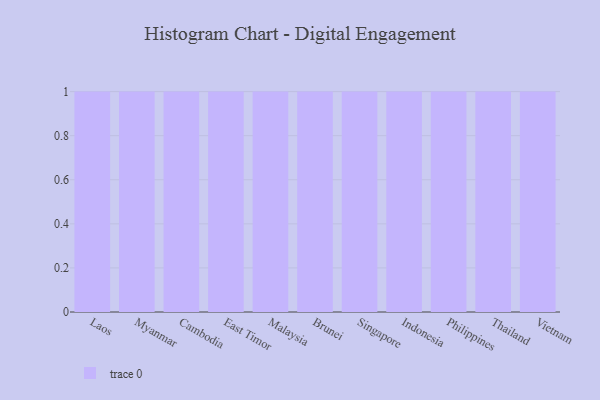
{"axis": {"x": "Country", "y": "Energy Usage (MWh)"}, "legend": [""], "data": [{"x": "Laos", "y": 34, "type": ""}, {"x": "Myanmar", "y": 95, "type": ""}, {"x": "Cambodia", "y": 32, "type": ""}, {"x": "East Timor", "y": 90, "type": ""}, {"x": "Malaysia", "y": 44, "type": ""}, {"x": "Brunei", "y": 54, "type": ""}, {"x": "Singapore", "y": 38, "type": ""}, {"x": "Indonesia", "y": 43, "type": ""}, {"x": "Philippines", "y": 83, "type": ""}, {"x": "Thailand", "y": 79, "type": ""}, {"x": "Vietnam", "y": 52, "type": ""}]}